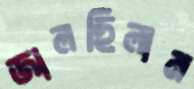
জালছিলাম